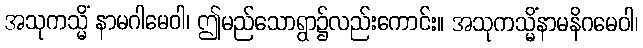
အသုကသ္မိံ နာမဂါမေဝါ၊ ဤမည်သောရွာ၌လည်းကောင်း။ အသုကသ္မိံနာမနိဂမေဝါ၊